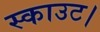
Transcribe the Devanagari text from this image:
स्काउट।